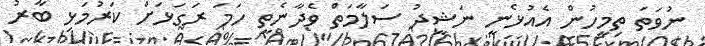
ނުވަތަ ތިމީހުން އެއުޅެނީ ނަޝީދު ސަލާމަތް ވެދާނެތީ ހަމަ ރަގަޅަށް ކަރުމަޅި ބާރު